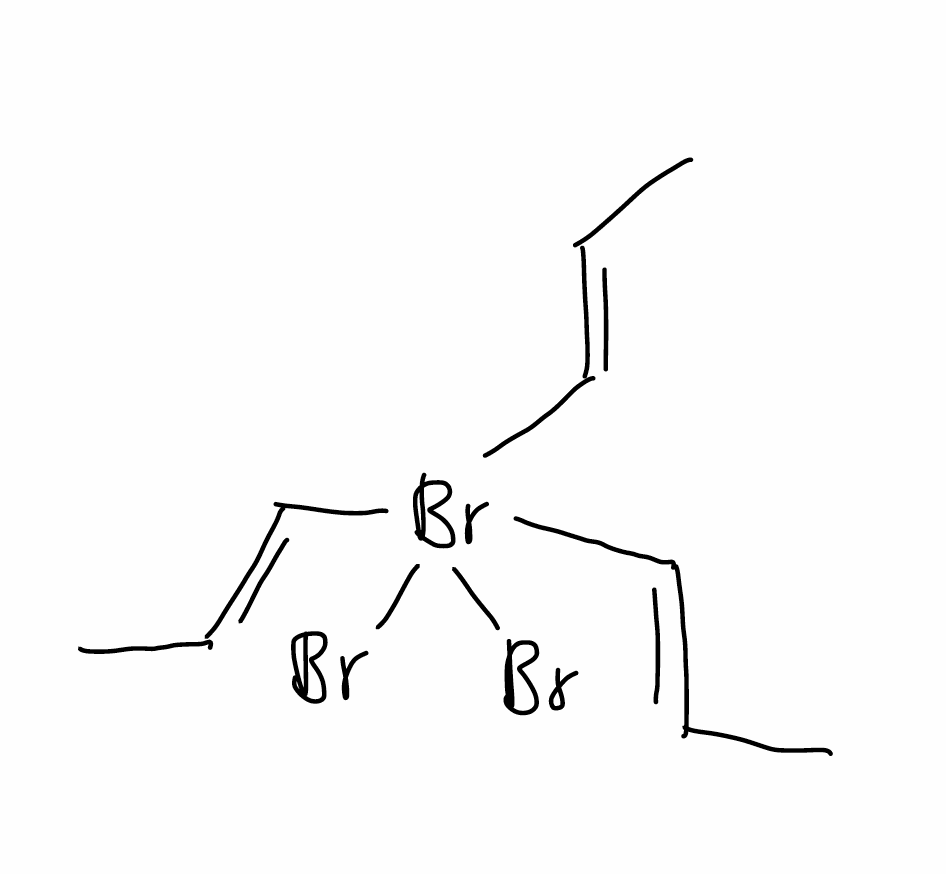
Simplified molecular-input line-entry system (SMILES) notation of the given molecule:
C/C=C/[Bi](Br)(Br)(/C=C/C)/C=C/C